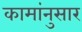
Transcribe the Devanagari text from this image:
कामांनुसार